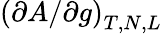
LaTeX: \left(\partial A/\partial g\right)_{T,N,L}